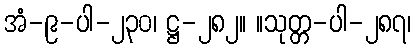
အံ-၉-ပါ-၂၃၀၊ ဋ္ဌ-၂၈၂။ ။သုတ္တ-ပါ-၂၈၇၊